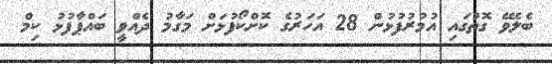
ބެލެވޭ ގޮތުގައި އުމުރުފުޅުން 28 އަހަރުގެ ކޮށްކޯފުޅަށް މަގާމު ދެއްވީ ބައްޕާފުޅު ކިމް